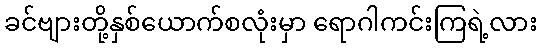
ခင်ဗျားတို့နှစ်ယောက်စလုံးမှာ ရောဂါကင်းကြရဲ့လား